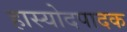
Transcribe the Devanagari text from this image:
हास्योदपादक